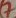
Text: 7